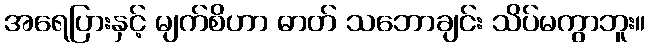
အရေပြားနှင့် မျက်စိဟာ ဓာတ် သဘောချင်း သိပ်မကွာဘူး။